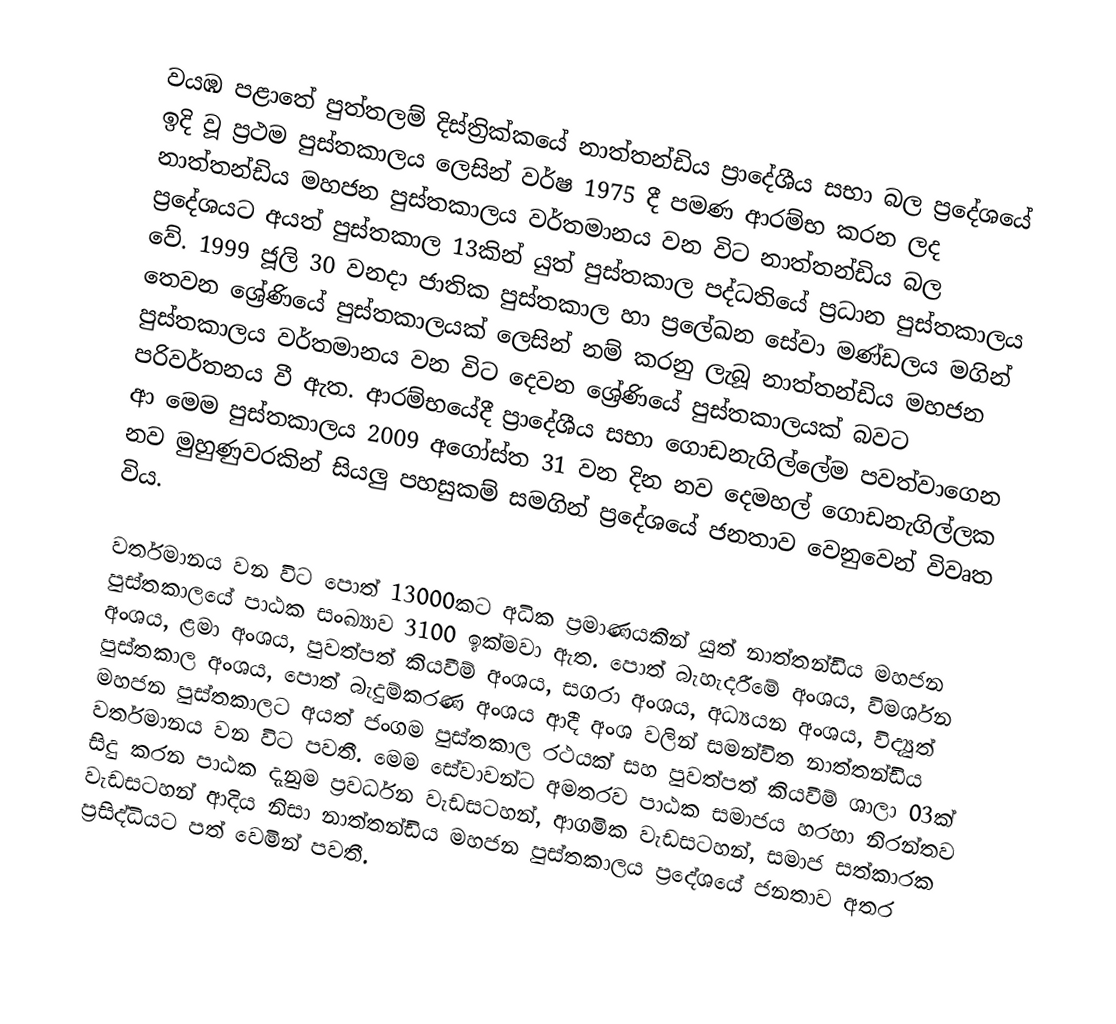
වයඹ පළාතේ පුත්තලම් දිස්ත්‍රික්කයේ නාත්තන්ඩිය ප්‍රාදේශීය සභා බල ප්‍රදේශයේ ඉදි වූ ප්‍රථම පුස්තකාලය ලෙසින් වර්ෂ 1975 දී පමණ ආරම්භ කරන ලද නාත්තන්ඩිය මහජන පුස්තකාලය වර්තමානය වන විට නාත්තන්ඩිය බල ප්‍රදේශයට අයත් පුස්තකාල 13කින් යුත් පුස්තකාල පද්ධතියේ ප්‍රධාන පුස්තකාලය වේ. 1999 ජූලි 30 වනදා ජාතික පුස්තකාල හා ප්‍රලේඛන සේවා මණ්ඩලය මගින් තෙවන ශ්‍රේණියේ පුස්තකාලයක් ලෙසින් නම් කරනු ලැබූ නාත්තන්ඩිය මහජන පුස්තකාලය වර්තමානය වන විට දෙවන ශ්‍රේණියේ පුස්තකාලයක් බවට පරිවර්තනය වී ඇත. ආරම්භයේදී ප්‍රාදේශීය සභා ගොඩනැගිල්ලේම පවත්වාගෙන ආ මෙම පුස්තකාලය 2009 අගෝස්ත 31 වන දින නව දෙමහල් ගොඩනැගිල්ලක නව මුහුණුවරකින් සියලු පහසුකම් සමගින් ප්‍රදේශයේ ජනතාව වෙනුවෙන් විවෘත විය.

වර්තමානය වන විට පොත් 13000කට අධික ප්‍රමාණයකින් යුත් නාත්තන්ඩිය මහජන පුස්තකාලයේ පාඨක සංඛ්‍යාව 3100 ඉක්මවා ඇත. පොත් බැහැදරීමේ අංශය, විමර්ශන අංශය, ළමා අංශය, පුවත්පත් කියවීම් අංශය, සගරා අංශය, අධ්‍යයන අංශය, විද්‍යුත් පුස්තකාල අංශය, පොත් බැදුම්කරණ අංශය ආදී අංශ වලින් සමන්විත නාත්තන්ඩිය මහජන පුස්තකාලට අයත් ජංගම පුස්තකාල රථයක් සහ පුවත්පත් කියවීම් ශාලා 03ක් වර්තමානය වන විට පවතී. මෙම සේවාවන්ට අමතරව පාඨක සමාජය හරහා නිරන්තව සිදු කරන පාඨක දැනුම ප්‍රවර්ධන වැඩසටහන්, ආගමික වැඩසටහන්, සමාජ සත්කාරක වැඩසටහන් ආදිය නිසා නාත්තන්ඩිය මහජන පුස්තකාලය ප්‍රදේශයේ ජනතාව අතර ප්‍රසිද්ධියට පත් වෙමින් පවතී.